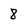
Character: 8